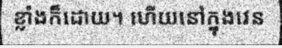
ខ្លាំងក៏ដោយ។ ហើយនៅក្នុងវេន